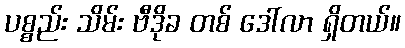
ပစ္စည်း သိမ်း ဗီဒိုခ တစ် ဒေါ်လာ ရှိတယ်။